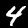
Label: 4